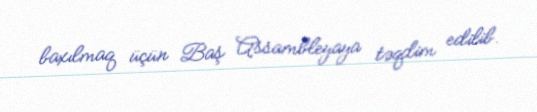
baxılmaq üçün Baş Assambleyaya təqdim edilib.